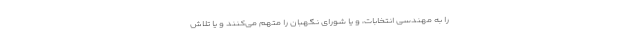
را به مهندسی انتخابات، و یا شورای نگهبان را متهم می‌کنند و یا تلاش